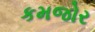
કમજોર